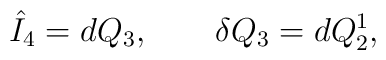
\hat{I}_4 = d Q_3, \qquad \delta Q_3 = d Q_2^1,